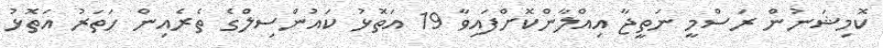
ކޮމިޝަނުން ރަސްމީ ނަތީޖާ އިއްލާންކޮށްފައިވާ 19 އަތޮޅު ކައުންސިލްގެ ތެރެއިން ހަތަރު އަތޮޅު